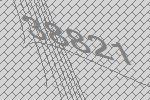
38821